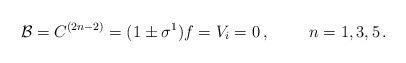
LaTeX: \begin{align*}{\cal B} =C^{(2n-2)}=(1\pm\sigma^{1})f=V_{i}=0\, ,\hspace{1cm}n=1,3,5\, .\end{align*}